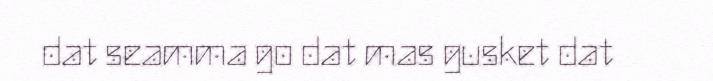
dat seamma go dat mas gusket dat